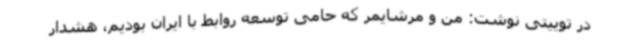
در توییتی نوشت: من و مرشایمر که حامی توسعه روابط با ایران بودیم، هشدار